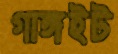
গাঙ্গইট